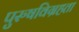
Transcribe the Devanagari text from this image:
पुरुषविग्रहता